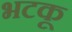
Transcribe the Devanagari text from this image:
भटकू